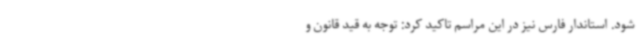
شود. استاندار فارس نیز در این مراسم تاکید کرد: توجه به قید قانون و